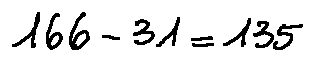
1 6 6 - 3 1 = 1 3 5